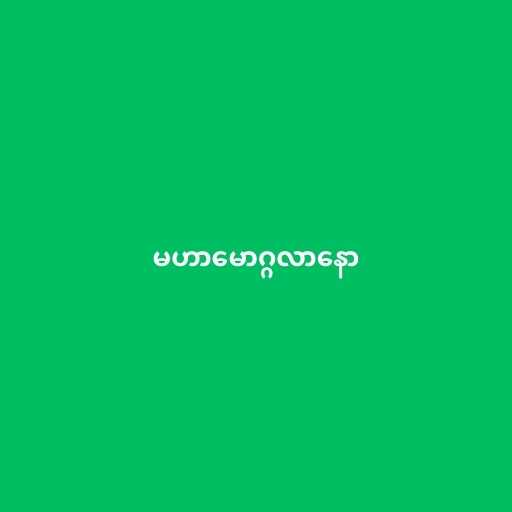
မဟာမောဂ္ဂလာနော